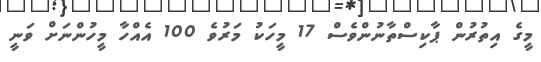
މީގެ އިތުރުން ޕާކިސްތާނުންވެސް 17 މީހަކު މަރުވެ 100 އެއްހާ މީހުންނަށް ވަނީ